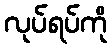
လုပ်ရပ်ကို